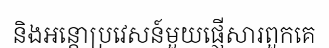
និងអន្តោប្រវេសន៍មួយផ្ញើសារពួកគេ